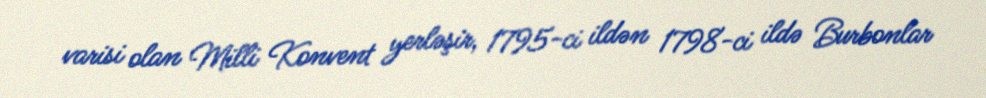
varisi olan Milli Konvent yerləşir, 1795-ci ildən 1798-ci ildə Burbonlar